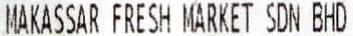
MAKASSAR FRESH MARKET SDN BHD